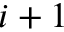
i + 1